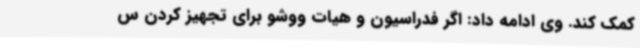
کمک کند. وی ادامه داد: اگر فدراسیون و هیات ووشو برای تجهیز کردن س